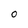
Character: o